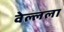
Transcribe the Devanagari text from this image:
वेल्लला